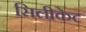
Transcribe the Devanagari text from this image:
सिलीकेट